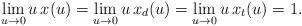
LaTeX: \begin{align*}\lim_{u\to0}u\,x(u)=\lim_{u\to0}u\,x_d(u)= \lim_{u\to0}u\,x_t(u)=1. \end{align*}